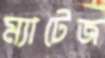
ম্যাটেজ